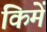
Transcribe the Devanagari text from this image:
किमें